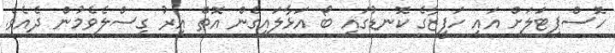
ހޮސްޕިޓަލަށް އައި ހަފީޒާގެ ކޮނޑުގައި ބޯ އަޅާލައިގެން އޮތް އިރު ގިސްލެވެމުން ދެއެވެ.